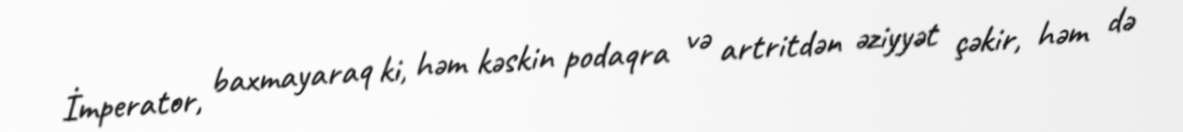
İmperator, baxmayaraq ki, həm kəskin podaqra və artritdən əziyyət çəkir, həm də